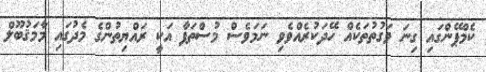
ކެމްޕޭންގައި ގިނަ ވަގުތުތަކެއް ހޭދަކުރެއްވެވި ނަމަވެސް މުސްތަފާ އަކީ ރައްޔިތުންގެ މެދުގައި މާމަޤުބޫލް